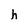
Character: h